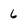
Character: 6